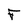
Character: F